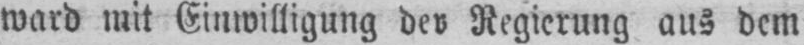
Regierung ans dem